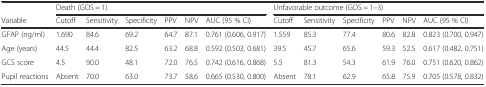
<table><thead><tr><td></td><td colspan="6"><b>Death (GOS = 1)</b></td><td colspan="6"><b>Unfavorable outcome (GOS = 1–3)</b></td></tr><tr><td><b>Variable</b></td><td><b>Cutoff</b></td><td><b>Sensitivity</b></td><td><b>Specificity</b></td><td><b>PPV</b></td><td><b>NPV</b></td><td><b>AUC (95 % CI)</b></td><td><b>Cutoff</b></td><td><b>Sensitivity</b></td><td><b>Specificity</b></td><td><b>PPV</b></td><td><b>NPV</b></td><td><b>AUC (95 % CI)</b></td></tr></thead><tbody><tr><td>GFAP (ng/ml)</td><td>1.690</td><td>84.6</td><td>69.2</td><td>64.7</td><td>87.1</td><td>0.761 (0.606, 0.917)</td><td>1.559</td><td>85.3</td><td>77.4</td><td>80.6</td><td>82.8</td><td>0.823 (0.700, 0.947)</td></tr><tr><td>Age (years)</td><td>44.5</td><td>44.4</td><td>82.5</td><td>63.2</td><td>68.8</td><td>0.592 (0.503, 0.681)</td><td>39.5</td><td>45.7</td><td>65.6</td><td>59.3</td><td>52.5</td><td>0.617 (0.482, 0.751)</td></tr><tr><td>GCS score</td><td>4.5</td><td>90.0</td><td>48.1</td><td>72.0</td><td>76.5</td><td>0.742 (0.616, 0.868)</td><td>5.5</td><td>81.3</td><td>54.3</td><td>61.9</td><td>76.0</td><td>0.751 (0.620, 0.862)</td></tr><tr><td>Pupil reactions</td><td>Absent</td><td>70.0</td><td>63.0</td><td>73.7</td><td>58.6</td><td>0.665 (0.530, 0.800)</td><td>Absent</td><td>78.1</td><td>62.9</td><td>65.8</td><td>75.9</td><td>0.705 (0.578, 0.832)</td></tr></tbody></table>